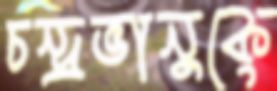
চন্দ্রভানুকে